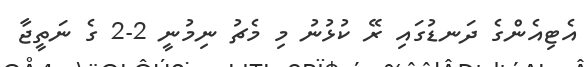
އެޓިއެންގެ ދަނޑުގައި ރޭ ކުޅުނު މި މެޗު ނިމުނީ 2-2 ގެ ނަތީޖާ